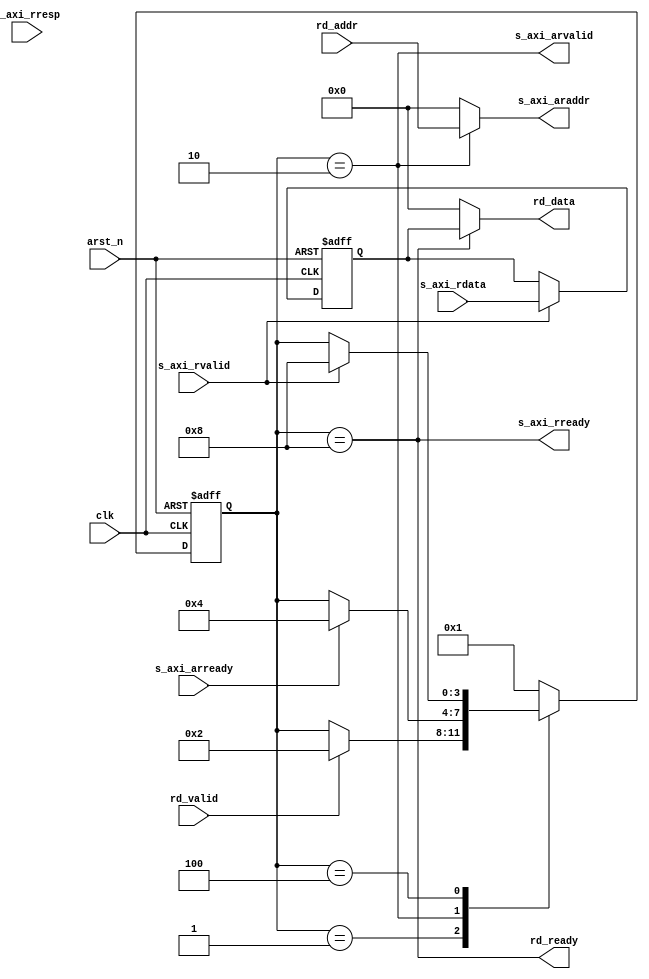

module axi4_lite_rd (
// User Interface
input	[31:0]	rd_addr,
output	[31:0]	rd_data,
input			rd_valid,
output			rd_ready,

// AXI4-Lite Read Interface, reverse direction wrt. AXI device slave side			
output 	[31:0]	s_axi_araddr			,    // input wire [31 : 0] s_axi_araddr
output 			s_axi_arvalid		,  // input wire s_axi_arvalid
input 			s_axi_arready		,  // output wire s_axi_arready
input 	[31:0]	s_axi_rdata			,      // output wire [31 : 0] s_axi_rdata
input 	[1:0]	s_axi_rresp			,      // output wire [1 : 0] s_axi_rresp
input 			s_axi_rvalid			,    // output wire s_axi_rvalid
output 			s_axi_rready			,    // input wire s_axi_rready

// Clock and reset
input				clk,
input				arst_n


);

// State machine declaration
localparam 
		SM_IDLE		= 4'b0001,
		SM_RD_ADDR 	= 4'b0010,
		SM_WT_DATA 	= 4'b0100,
		SM_ACK_DATA = 4'b1000
		;

// State machine transition
reg [3:0] current_state;

always@(posedge clk or negedge arst_n) begin
	if (arst_n == 1'b0)
		current_state <= SM_IDLE;
	else begin
		case (current_state)
			SM_IDLE:
				if (rd_valid == 1'b1)
					current_state <= SM_RD_ADDR;
			SM_RD_ADDR:
				if (s_axi_arready == 1'b1)
					current_state <= SM_WT_DATA;
			SM_WT_DATA:
				if (s_axi_rvalid == 1'b1)
					current_state <= SM_ACK_DATA;
			SM_ACK_DATA:
				current_state <= SM_IDLE;
			default:
				current_state <= SM_IDLE;
		endcase
	end
	
	
end

// State machine flag
wire current_state_is_SM_IDLE		= (current_state == SM_IDLE	);
wire current_state_is_SM_RD_ADDR  	= (current_state == SM_RD_ADDR 	);
wire current_state_is_SM_WT_DATA  	= (current_state == SM_WT_DATA 	);
wire current_state_is_SM_ACK_DATA 	= (current_state == SM_ACK_DATA	);


// State machine output
reg [31:0] rd_data_r;
always@(posedge clk or negedge arst_n) begin
	if (arst_n == 1'b0) 
		rd_data_r <= 32'h0;
	else
		if (s_axi_rvalid == 1'b1)
			rd_data_r <= s_axi_rdata;
end
assign rd_data = (current_state_is_SM_ACK_DATA)? rd_data_r : 32'h0;
assign rd_ready = (current_state_is_SM_ACK_DATA);
assign s_axi_araddr = (current_state_is_SM_RD_ADDR)? rd_addr : 32'h0;
assign s_axi_arvalid = current_state_is_SM_RD_ADDR;
assign s_axi_rready = (current_state_is_SM_ACK_DATA);

endmodule